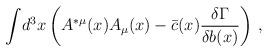
LaTeX: \begin{align*}\displaystyle{\int }d^3x\left( A^{*\mu }(x)A_\mu (x)-\bar{c}(x){\displaystyle {\frac{\delta \Gamma }{\delta b(x)}}}\right) \,,\end{align*}